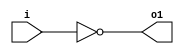
// Module 4-bit ripple carry adder.

module invert(input wire i, output wire o1);
	assign o1 = !i;
endmodule

module and2(input wire i0, i1, output wire o2);
	assign o2 = i0 & i1;
endmodule

module or2(input wire i0, i1, output wire o3);
	assign o3 = i0 | i1;
endmodule

module xor2(input wire i0, i1, output wire o4);
	assign o4 = i0 ^ i1;
endmodule

module nand2(input wire i0, i1, output wire o5);
	wire t;
	and2 and2_0 (i0, i1, t);
	invert invert_0 (t, o5);
endmodule

//Module full adder.
module fulladd(input wire a, b, cin, output wire sum, cout);
wire [4:0] t;
    xor2 x0(a, b, t[0]);
    xor2 x1(t[0], cin, sum);

    and2 a0(a, b, t[1]);
    and2 a1(a, cin, t[2]);
    and2 a2(b, cin, t[3]);

    or2 o0(t[1], t[2], t[4]);
    or2 o1(t[3], t[4], cout);
endmodule

module fulladdR(input wire [3:0] a, b, input wire cin, output wire [3:0] sum, output wire cout);

   // Instantiate full adder modules here.
   wire [2:0] c;

	fulladd f1(a[0], b[0], cin, sum[0], c[0]);
	fulladd f2(a[1], b[1], c[0], sum[1], c[1]);
	fulladd f3(a[2], b[2], c[1], sum[2], c[2]);
	fulladd f4(a[3], b[3], c[2], sum[3], cout);


endmodule